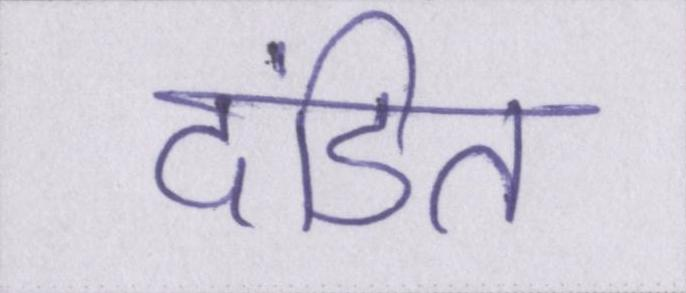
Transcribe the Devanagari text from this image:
दंडित